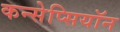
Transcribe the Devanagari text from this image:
कन्सेप्सियॉन